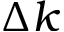
\Delta k